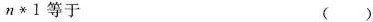
$$n\ast 1$$等于 ( )